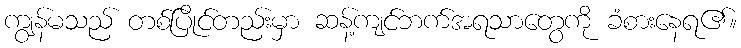
ကျွန်မသည် တစ်ပြိုင်တည်းမှာ ဆန့်ကျင်ဘက်အရသာတွေကို ခံစားနေရ၏။